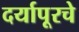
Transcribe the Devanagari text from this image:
दर्यापूरचे